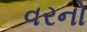
વરનો